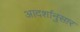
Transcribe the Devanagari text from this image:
आदर्शानुसार